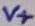
Text: V+